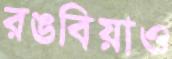
রঙবিয়াও